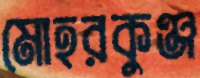
মোহরকুঞ্জ